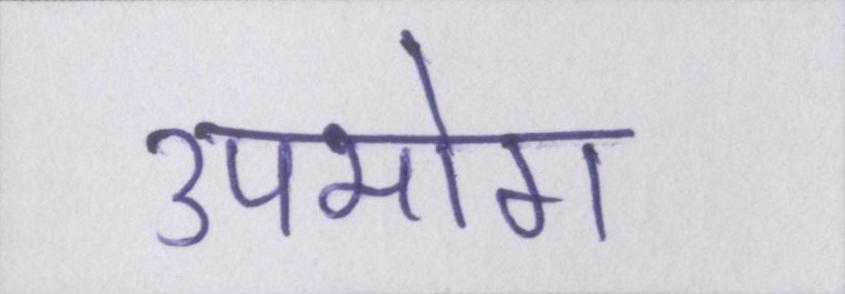
उपभोग